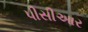
પીસીઆર